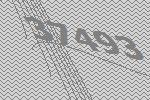
37493